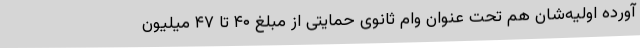
آورده اولیه‌شان هم تحت عنوان وام ثانوی حمایتی از مبلغ ۴۰ تا ۴۷ میلیون